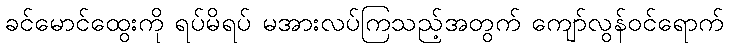
ခင်မောင်ထွေးကို ရပ်မိရပ် မအားလပ်ကြသည့်အတွက် ကျော်လွန်ဝင်ရောက်